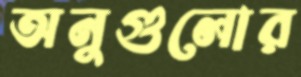
অনুগুলোর